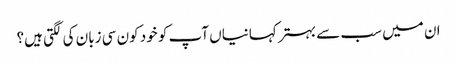
ان میں سب سے بہتر کہانیاں آپ کو خود کون سی زبان کی لگتی ہیں؟